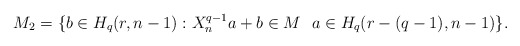
\begin{align*}M_2=\{b\in H_q(r,n-1):X_n^{q-1}a+b\in M\ \ a\in H_q(r-(q-1),n-1)\}.\end{align*}